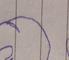
Signature authenticity: forged